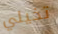
تخيلي